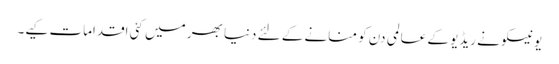
یونیسکو نے ریڈیو کے عالمی دن کو منانے کے لئے دنیا بھر میں کئی اقدامات کیے۔